Document type: Emphyteutic lease
Year: 1295
Scribe: Pere de Noguera, prevere
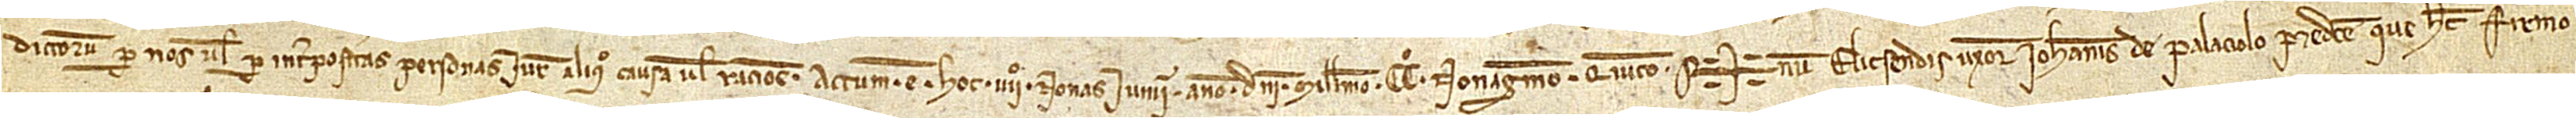
dictorum per nos vel per interpositas personas iure aliquo, causa vel ratione.  Actum est hoc IIIIº nonas iunii, anno Domini millesimo CCº nonagesimo quinto. Sig+num Elicsendis, uxoris Iohannis de Palaciolo predicte, que hec firmo